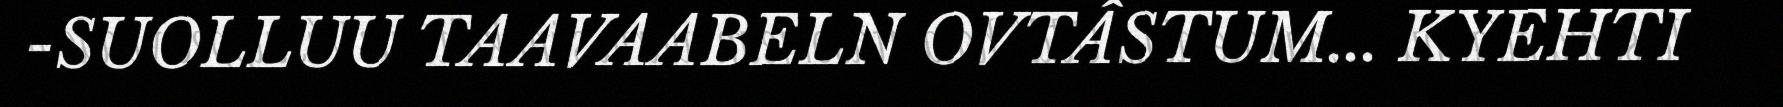
-SUOLLUU TAAVAABELN OVTÂSTUM... KYEHTI